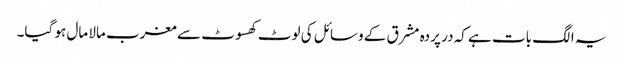
یہ الگ بات ہے کہ در پردہ مشرق کے وسائل کی لوٹ کھسوٹ سے مغرب مالا مال ہو گیا۔